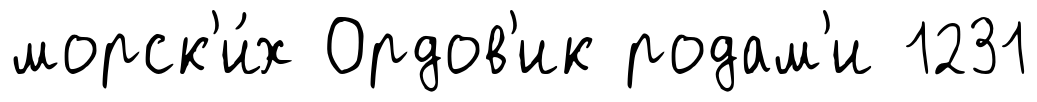
морск'и́х Ордов'ик родам'и 1231